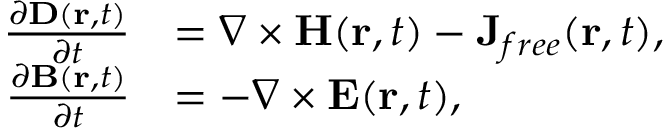
\begin{array} { r l } { \frac { \partial \boldsymbol { \mathbf { D } } ( \boldsymbol { \mathbf { r } } , t ) } { \partial t } } & { = \nabla \times \boldsymbol { \mathbf { H } } ( \boldsymbol { \mathbf { r } } , t ) - \mathbf { J } _ { { f r e e } } ( \boldsymbol { \mathbf { r } } , t ) , } \\ { \frac { \partial \boldsymbol { \mathbf { B } } ( \boldsymbol { \mathbf { r } } , t ) } { \partial t } } & { = - \nabla \times \boldsymbol { \mathbf { E } } ( \boldsymbol { \mathbf { r } } , t ) , } \end{array}